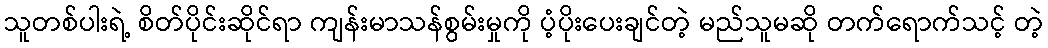
သူတစ်ပါးရဲ့ စိတ်ပိုင်းဆိုင်ရာ ကျန်းမာသန်စွမ်းမှုကို ပံ့ပိုးပေးချင်တဲ့ မည်သူမဆို တက်ရောက်သင့် တဲ့